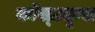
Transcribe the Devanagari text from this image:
कॉस्ट्यूम्स